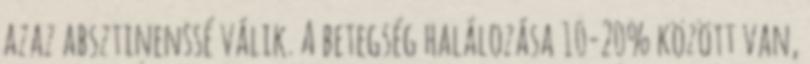
azaz absztinenssé válik. A betegség halálozása 10-20% között van,